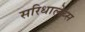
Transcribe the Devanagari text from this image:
सरिधालेय्स